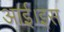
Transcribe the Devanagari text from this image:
आई।इस